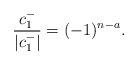
LaTeX: \begin{align*} \frac{c_1^-}{|c_1^-|} = (-1)^{n-a}. \end{align*}